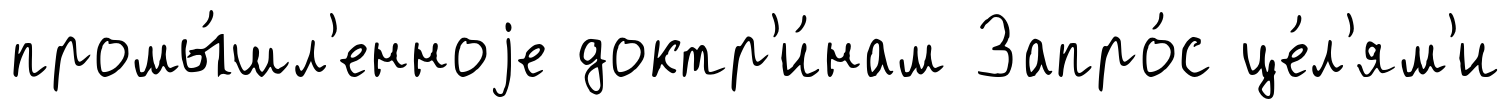
промы́шл'енноjе доктр'и́нам Запро́с це́л'ям'и